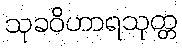
သုခဝိဟာရသုတ္တ